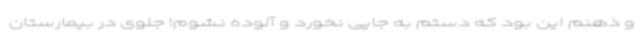
و ذهنم این بود که دستم به جایی نخورد و آلوده نشوم! جلوی در بیمارستان